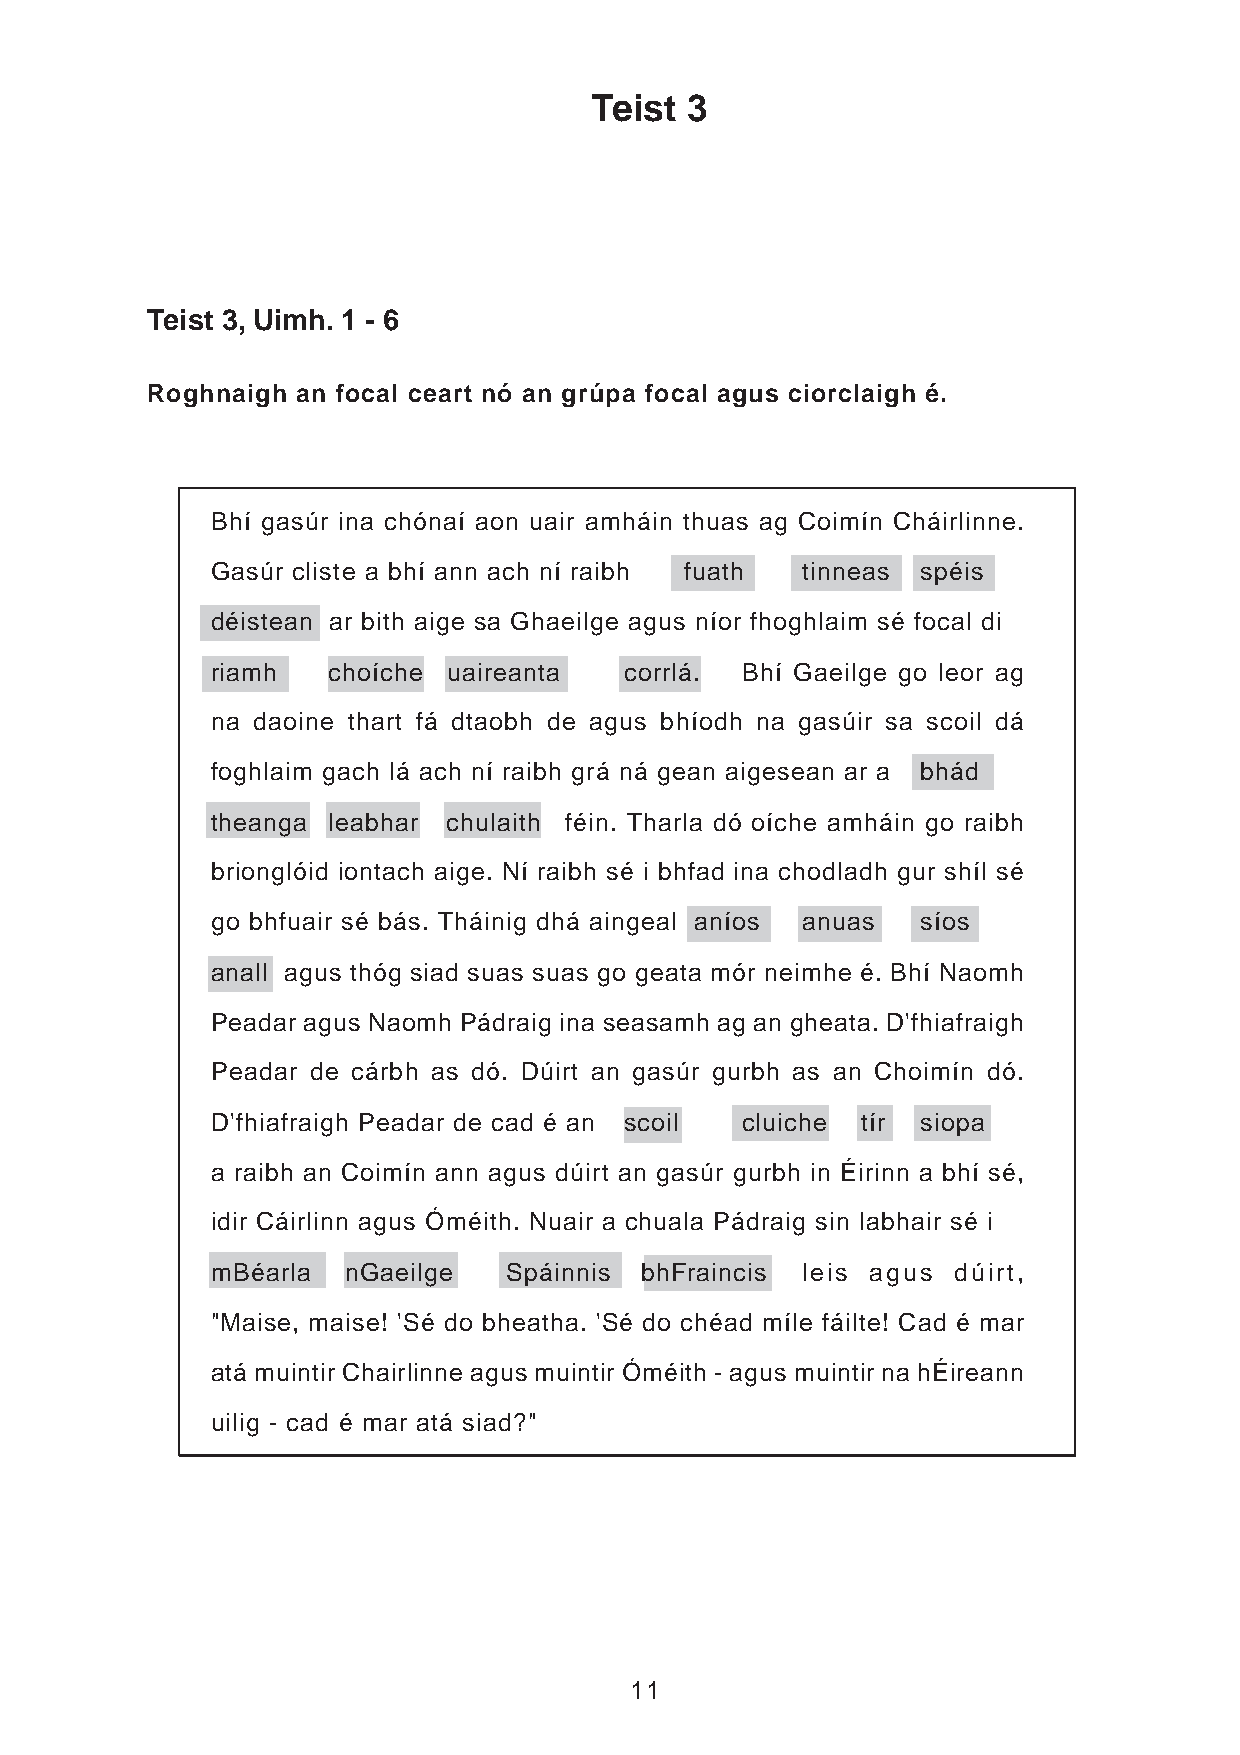
Teist 3
 Teist 3, Uimh. 1 - 6
 Roghnaigh an focal ceart nó an grúpa focal agus ciorclaigh é.
 Bhí gasúr ina chónaí aon uair amháin thuas ag Coimín Cháirlinne.
 Gasúr cliste a bhí ann ach ní raibh fuath tinneas spéis
 déistean ar bith aige sa Ghaeilge agus níor fhoghlaim sé focal di
 riamh   choíche uaireanta  corrlá. Bhí Gaeilge go leor ag
 na daoine thart fá dtaobh de agus bhíodh na gasúir sa scoil dá
 foghlaim gach lá ach ní raibh grá ná gean aigesean ar a bhád
 theanga leabhar chulaith féin. Tharla dó oíche amháin go raibh
 brionglóid iontach aige. Ní raibh sé i bhfad ina chodladh gur shíl sé
 go bhfuair sé bás. Tháinig dhá aingeal aníos anuas síos
 anall agus thóg siad suas suas go geata mór neimhe é. Bhí Naomh
 Peadar agus Naomh Pádraig ina seasamh ag an gheata. D'fhiafraigh
 Peadar de cárbh as dó. Dúirt an gasúr gurbh as an Choimín dó.
 D'fhiafraigh Peadar de cad é an scoil cluiche tír siopa
 a raibh an Coimín ann agus dúirt an gasúr gurbh in Éirinn a bhí sé,
 idir Cáirlinn agus Óméith. Nuair a chuala Pádraig sin labhair sé i
 mBéarla  nGaeilge   Spáinnis bhFraincis leis agus dúirt,
 "Maise, maise! 'Sé do bheatha. 'Sé do chéad míle fáilte! Cad é mar
 atá muintir Chairlinne agus muintir Óméith - agus muintir na hÉireann
 uilig - cad é mar atá siad?"
 11